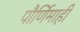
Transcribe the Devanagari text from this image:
पौर्णिमाही